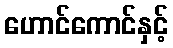
ဟောင်ကောင်နှင့်